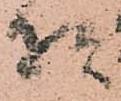
様